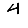
Digit: 4